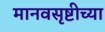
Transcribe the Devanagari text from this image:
मानवसृष्टीच्या